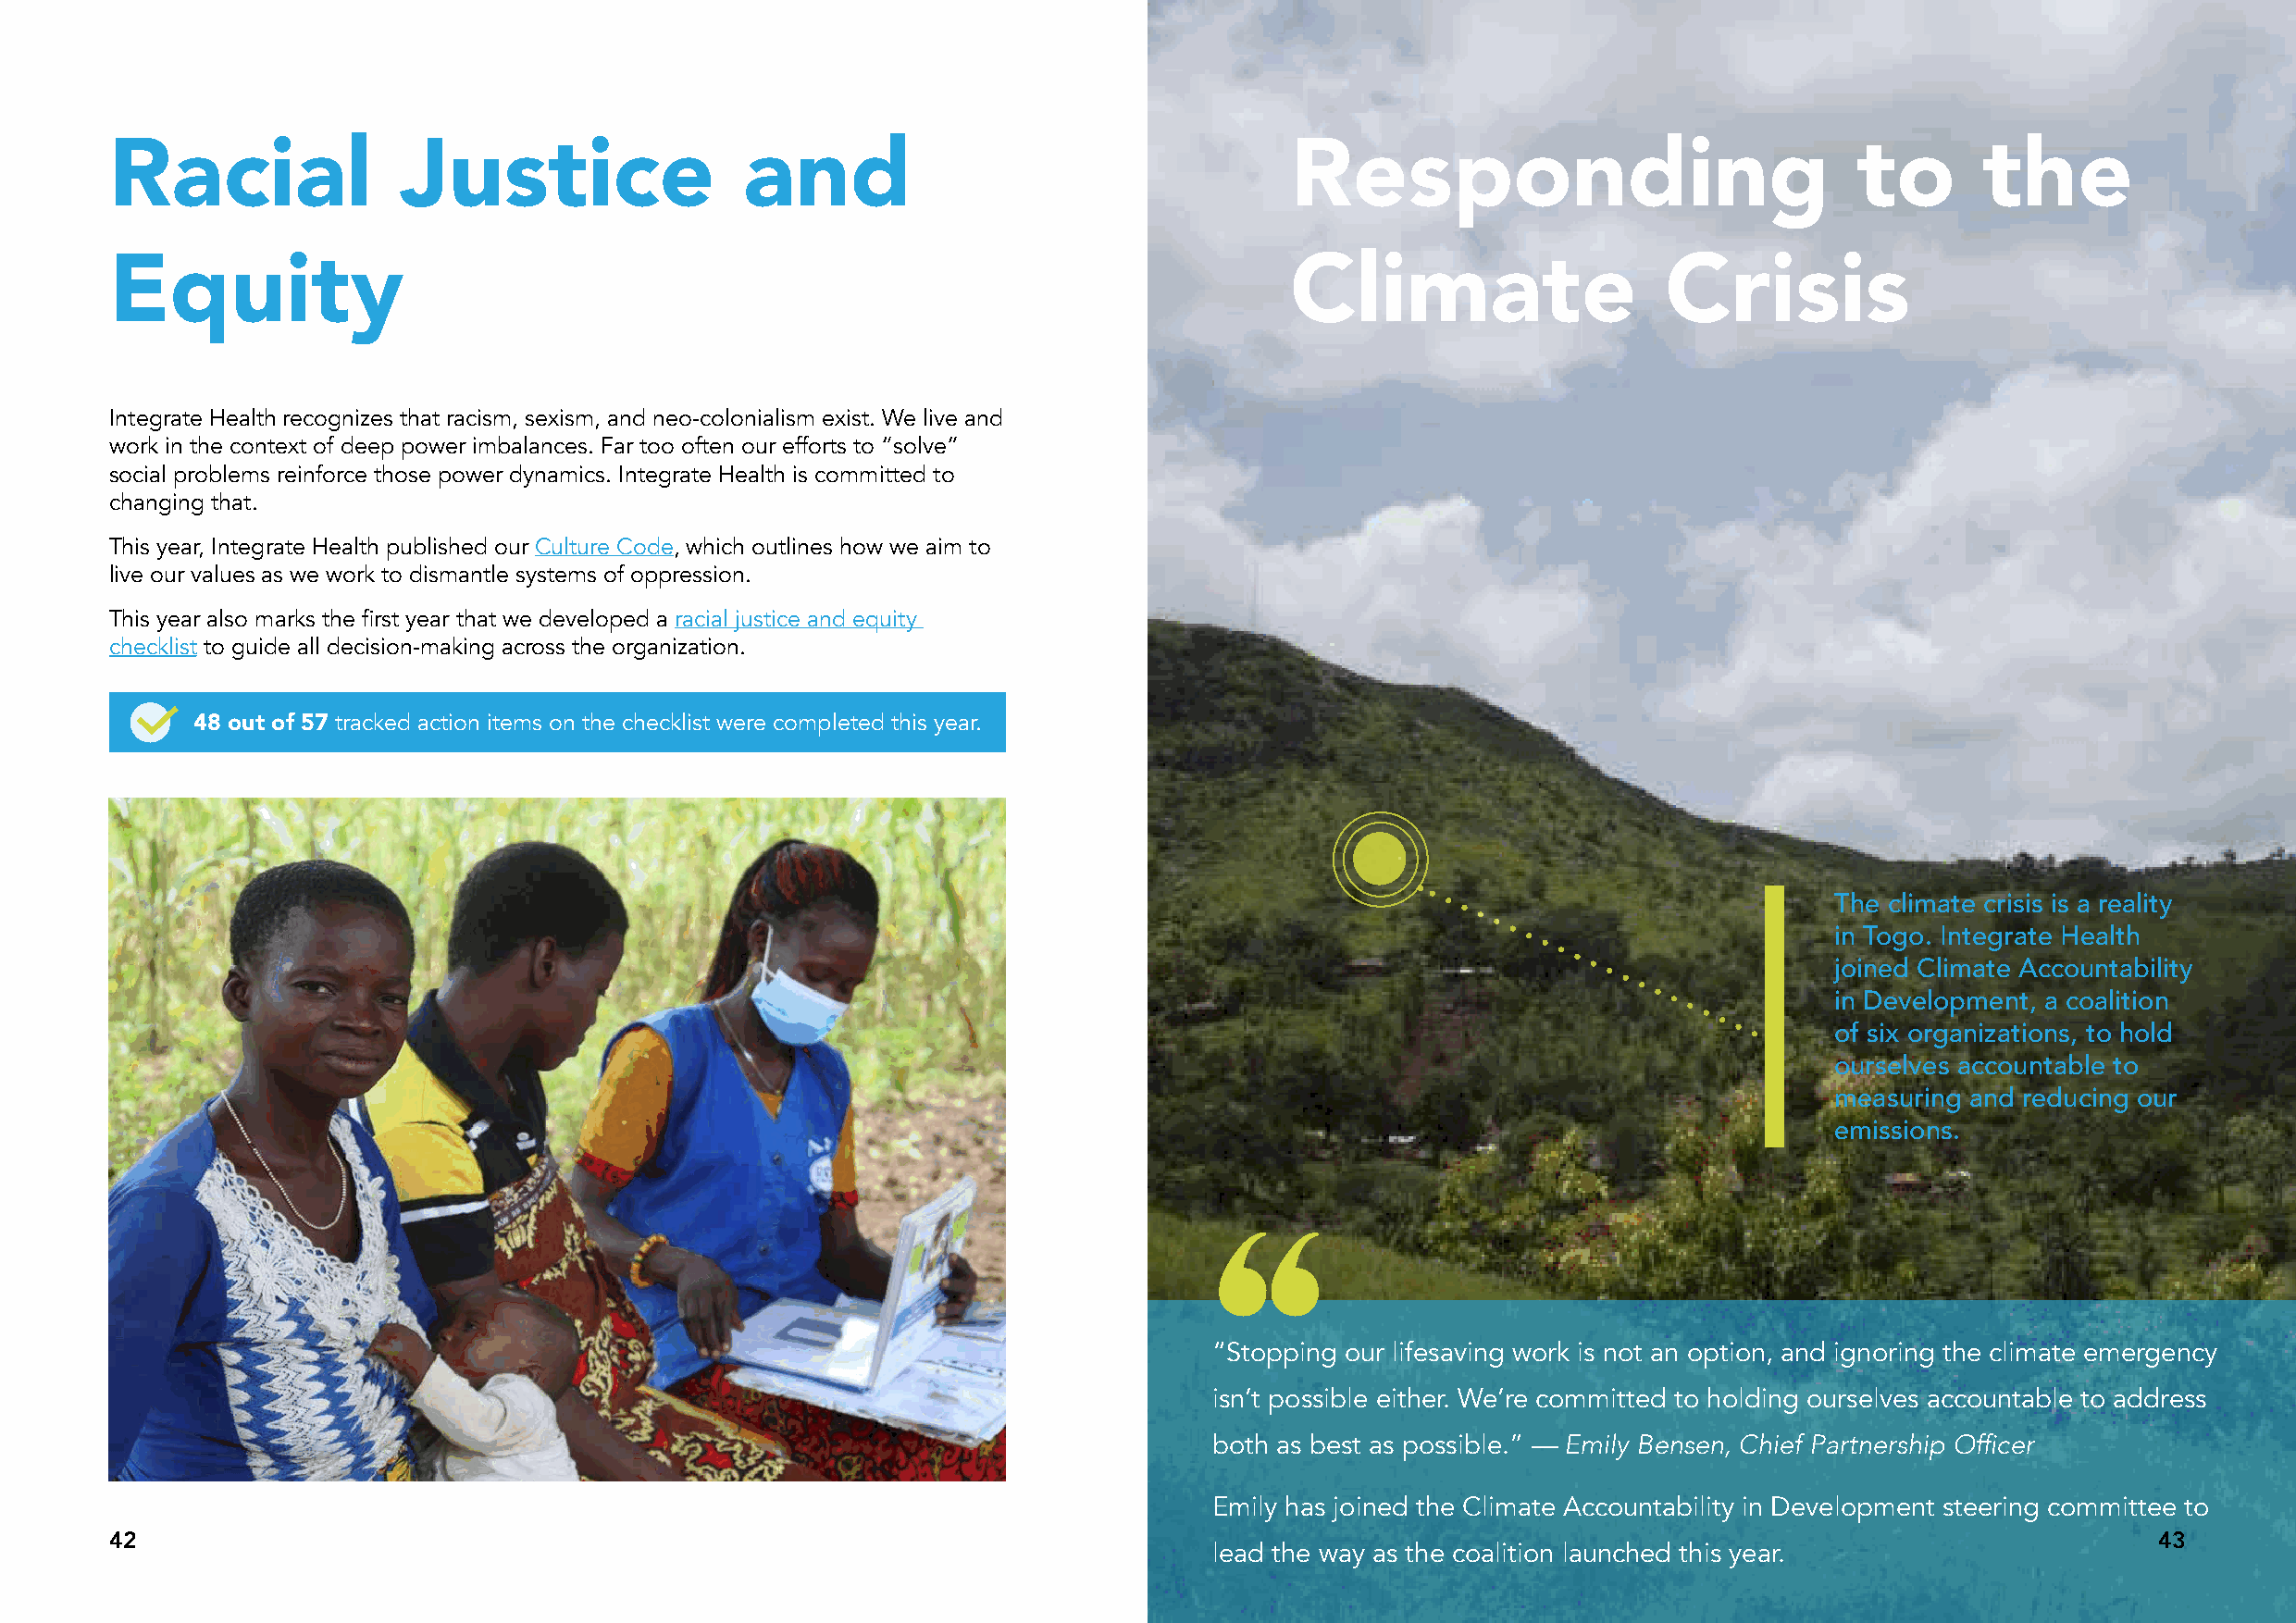
Racial               Justice                 and                                    Responding                               to       the
 Equity                                                                              Climate                    Crisis
 Integrate Health recognizes that racism, sexism, and neo-colonialism exist. We live and
 work in the context of deep power imbalances. Far too often our efforts to “solve”
 social problems reinforce those power dynamics. Integrate Health is committed to
 changing that.
 This year, Integrate Health published our Culture Code, which outlines how we aim to
 live our values as we work to dismantle systems of oppression.
 This year also marks the first year that we developed a racial justice and equity
 checklist to guide all decision-making across the organization.
 48 out of 57 tracked action items on the checklist were completed this year.
 The climate crisis is a reality
 in Togo. Integrate Health
 joined Climate Accountability
 in Development, a coalition
 of six organizations, to hold
 ourselves accountable to
 measuring and reducing our
 emissions.
 “Stopping our lifesaving work is not an option, and ignoring the climate emergency
 isn’t possible either. We’re committed to holding ourselves accountable to address
 both as best as possible.” — Emily Bensen, Chief Partnership Officer
 Emily has joined the Climate Accountability in Development steering committee to
 42                                                                                                                                                43
 lead the way as the coalition launched this year.